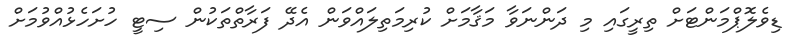
ޑިވެލޮޕްމަންޓަށް ތިރީގައި މި ދަންނަވާ މަޤާމަށް ކުރިމަތިލައްވަން އެދޭ ފަރާތްތަކުން ސިޓީ ހުށަހެޅުއްވުމަށް